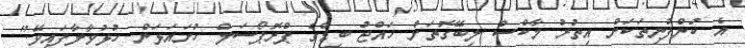
އެ ކުންފުނިތަކަށް އިތުރު މާކްސް ލިބޭގޮތަށް ހައްޖު ބިޑްގެ ޕްރޮޕޯސަލް ހުށައަޅަން ހުޅުވާލާފައިވޭ."